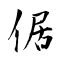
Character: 倨